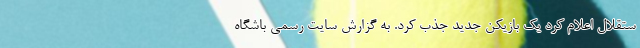
ستقلال اعلام کرد یک بازیکن جدید جذب کرد. به گزارش سایت رسمی باشگاه